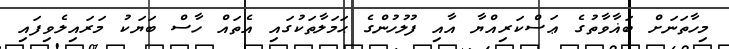
މިހާތަނަށް ބަޣާވާތުގެ ޢަސްކަރިއްޔާ އާއި ފުލުހުންގެ ޙަމަލާތަކުގައި އެތައް ހާސް ބަޔަކު މަރައިލެވިފައި